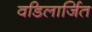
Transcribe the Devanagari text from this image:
वडिलार्जित